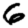
Digit: 6